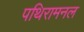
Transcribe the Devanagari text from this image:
पथिरामनल